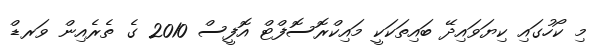
މި ކޯހުގައި ކިޔަވައިދޭ ބައިތަކަކީ މައިކްރޮސޮފްޓް އޮފީސް 2010 ގެ ތެރެއިން ވަރޑް